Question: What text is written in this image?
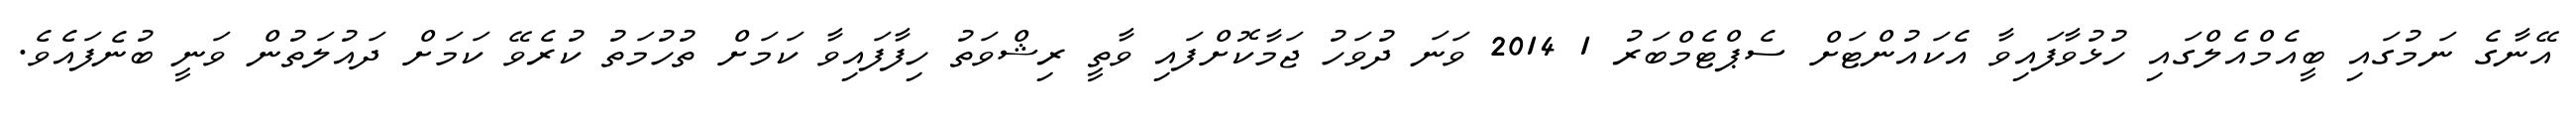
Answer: އޭނާގެ ނަމުގައި ބީއެމްއެލްގައި ހުޅުވާފައިވާ އެކައުންޓަށް ސެޕްޓެމްބަރު 1 2014 ވަނަ ދުވަހު ޖަމާކޮށްފައި ވާތީ ރިޝްވަތު ހިފާފައިވާ ކަމަށް ތުހުމަތު ކުރެވޭ ކަމަށް ދައުލަތުން ވަނީ ބުނެފައެވެ.